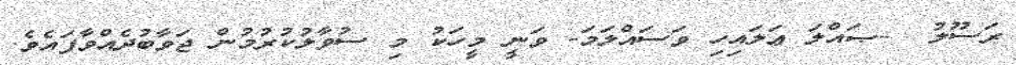
ރަސޫލު  -ޞައްލަ ޢަލައިހި ވަސައްލަމަ- ވަނީ މީހަކު މި ސުވާލުކުރުމުން ޖަވާބުދެއްވާފައެވެ.